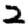
Digit: 2